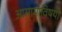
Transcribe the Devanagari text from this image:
आसामाविषयी